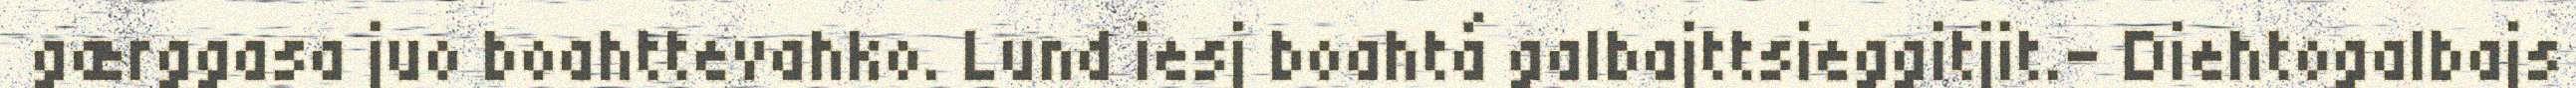
gærggasa juo boahttevahko. Lund iesj boahtá galbajttsieggitjit.- Diehtogalbajs